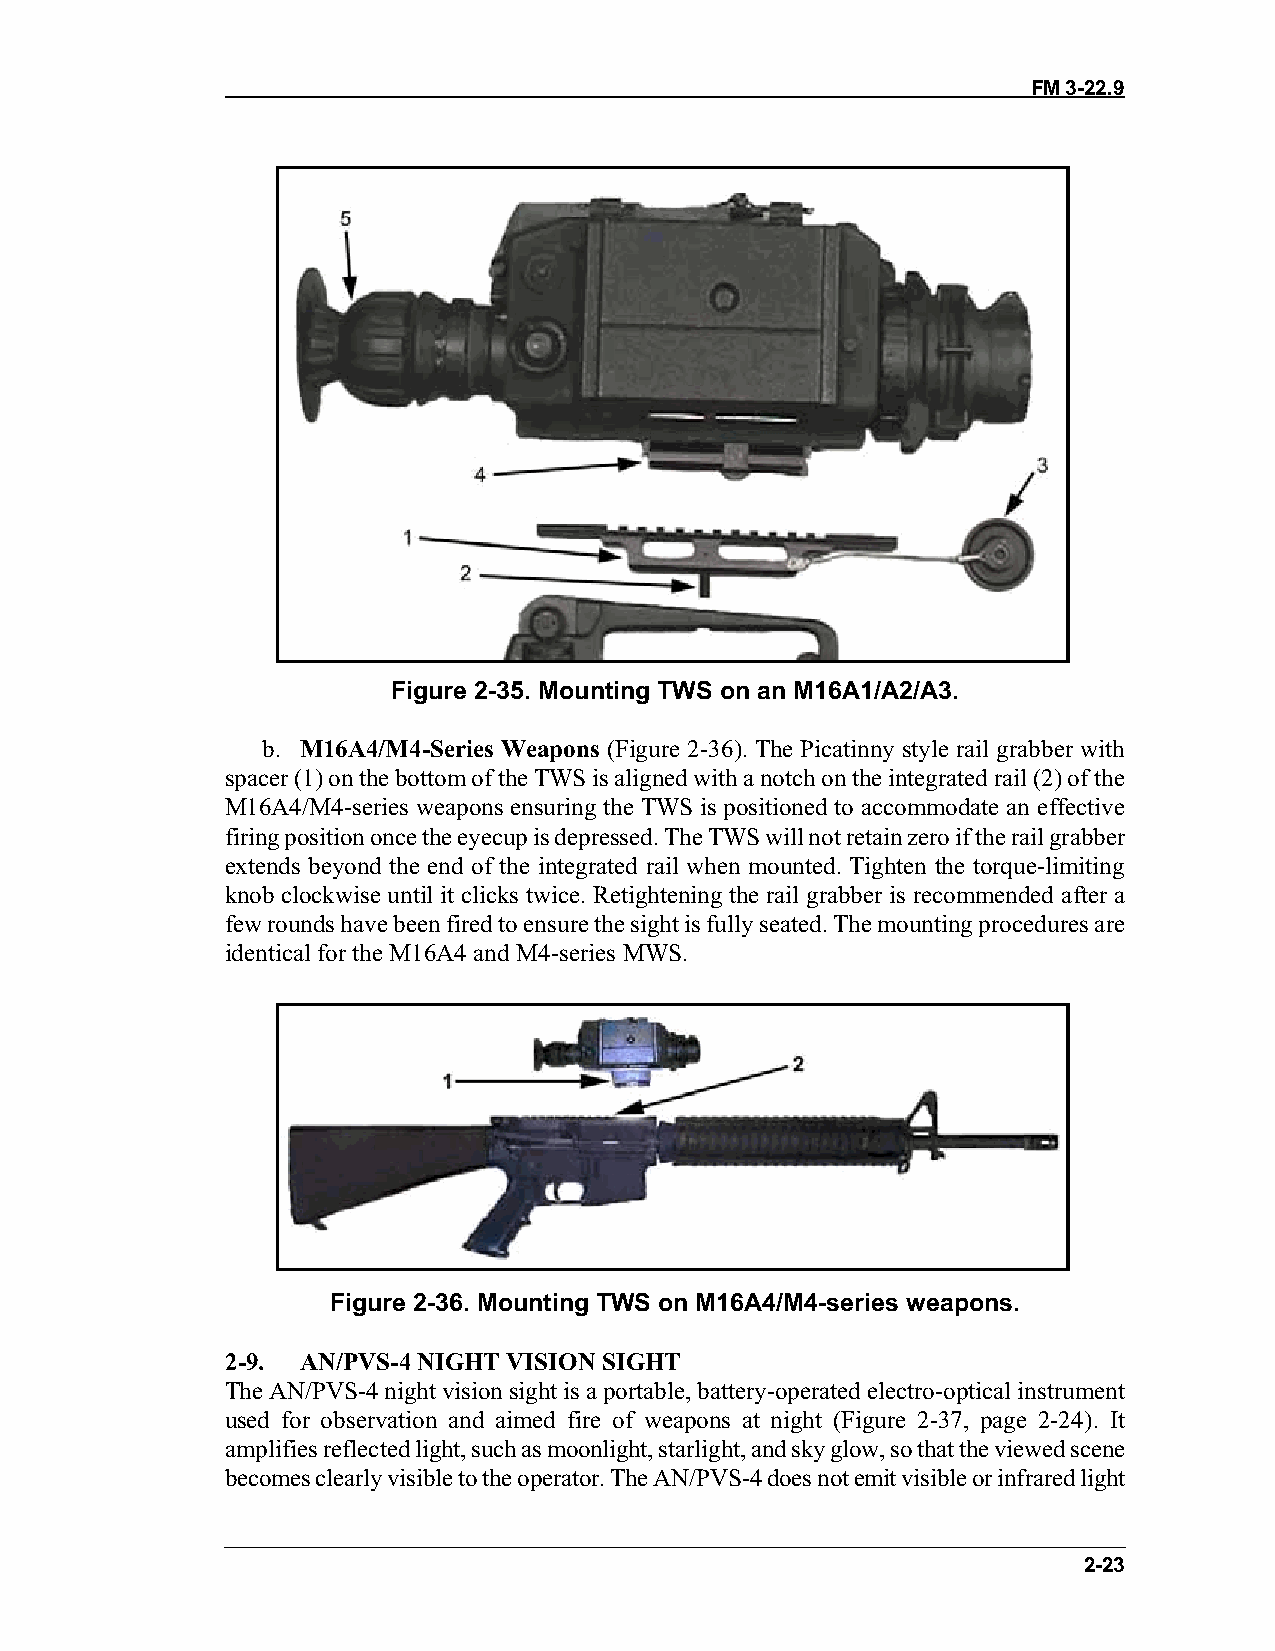
FM 3-22.9
 Figure 2-35. Mounting TWS on an M16A1/A2/A3.
 b. M16A4/M4-Series Weapons (Figure 2-36). The Picatinny style rail grabber with
 spacer (1) on the bottom of the TWS is aligned with a notch on the integrated rail (2) of the
 M16A4/M4-series weapons ensuring the TWS is positioned to accommodate an effective
 firing position once the eyecup is depressed. The TWS will not retain zero if the rail grabber
 extends beyond the end of the integrated rail when mounted. Tighten the torque-limiting
 knob clockwise until it clicks twice. Retightening the rail grabber is recommended after a
 few rounds have been fired to ensure the sight is fully seated. The mounting procedures are
 identical for the M16A4 and M4-series MWS.
 Figure 2-36. Mounting TWS on M16A4/M4-series weapons.
 2-9. AN/PVS-4 NIGHT VISION SIGHT
 The AN/PVS-4 night vision sight is a portable, battery-operated electro-optical instrument
 used for observation and aimed fire of weapons at night (Figure 2-37, page 2-24). It
 amplifies reflected light, such as moonlight, starlight, and sky glow, so that the viewed scene
 becomes clearly visible to the operator. The AN/PVS-4 does not emit visible or infrared light
 2-23